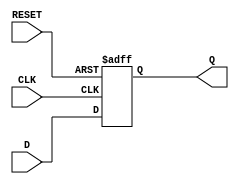
module FlipFlopRegister #(
    parameter N = 8  // Parameter to define the width of the register
) (
    input wire [N-1:0] D,     // Data input
    input wire CLK,           // Clock input
    input wire RESET,         // Asynchronous reset input
    output reg [N-1:0] Q      // Data output
);

    // Asynchronous reset and clocked data storage
    always @(posedge CLK or posedge RESET) begin
        if (RESET) begin
            Q <= {N{1'b0}};  // Reset the register to 0
        end else begin
            Q <= D;          // Load data on the rising edge of CLK
        end
    end

endmodule